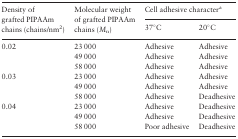
<table><thead><tr><td rowspan="2"><b>Density of grafted PIPAAm chains (chains/nm<sup>2</sup>)</b></td><td rowspan="2"><b>Molecular weight of grafted PIPAAm chains (<i>M</i><sub>n</sub>)</b></td><td colspan="2"><b>Cell adhesive character<sup>a</sup></b></td></tr><tr><td><b>37°C</b></td><td><b>20°C</b></td></tr></thead><tbody><tr><td rowspan="3">0.02</td><td>23 000</td><td>Adhesive</td><td>Adhesive</td></tr><tr><td>49 000</td><td>Adhesive</td><td>Adhesive</td></tr><tr><td>58 000</td><td>Adhesive</td><td>Adhesive</td></tr><tr><td rowspan="3">0.03</td><td>23 000</td><td>Adhesive</td><td>Adhesive</td></tr><tr><td>49 000</td><td>Adhesive</td><td>Adhesive</td></tr><tr><td>58 000</td><td>Adhesive</td><td>Deadhesive</td></tr><tr><td rowspan="3">0.04</td><td>23 000</td><td>Adhesive</td><td>Deadhesive</td></tr><tr><td>49 000</td><td>Adhesive</td><td>Deadhesive</td></tr><tr><td>58 000</td><td>Poor adhesive</td><td>Deadhesive</td></tr></tbody></table>